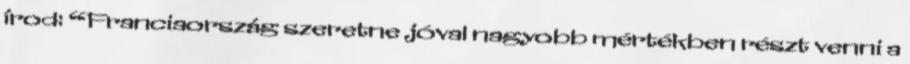
írod: “Franciaország szeretne jóval nagyobb mértékben részt venni a